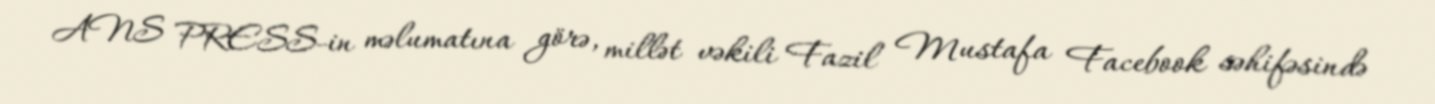
ANS PRESS-in məlumatına görə, millət vəkili Fazil Mustafa Facebook səhifəsində